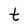
Character: t